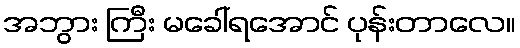
အဘွား ကြီး မခေါ်ရအောင် ပုန်းတာလေ။